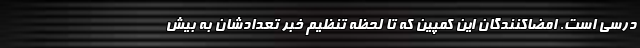
درسی است. امضاکنندگان این کمپین که تا لحظه تنظیم خبر تعدادشان به بیش